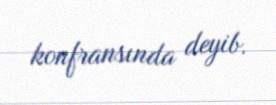
konfransında deyib.